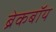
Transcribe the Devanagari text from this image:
ब्रेकबॉय